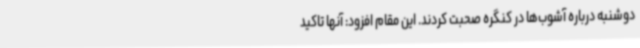
دوشنبه درباره آشوب‌ها در کنگره صحبت کردند. این مقام افزود: آنها تاکید